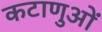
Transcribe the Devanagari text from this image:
कटाणुओं